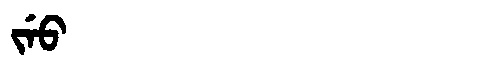
Manchu: ᠵᡝᡠ
Romanization: JEU